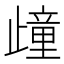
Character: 𣦟